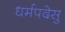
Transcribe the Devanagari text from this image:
धर्मपदेसु